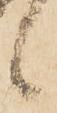
候